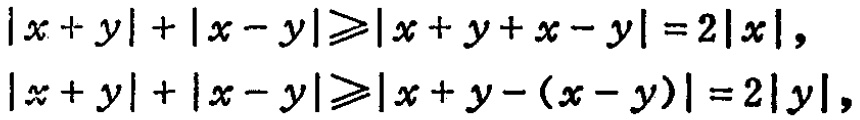
\[\begin{align*}
|x + y|+|x - y|&\geqslant|x + y+x - y| = 2|x|,\\
|x + y|+|x - y|&\geqslant|x + y-(x - y)| = 2|y|,
\end{align*}\]